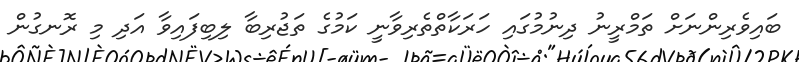
ބައިވެރިންނަށް ތަމްރީނު ދިނުމުގައި ހަރަކާތްތެރިވާނީ ކަމުގެ ތަޖުރިބާ ލިބިފައިވާ އަދި މި ރޮނގުން